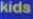
kids